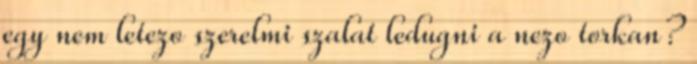
egy nem letezo szerelmi szalat ledugni a nezo torkan?